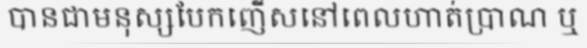
បានជាមនុស្សបែកញើសនៅពេលហាត់ប្រាណ ឬ